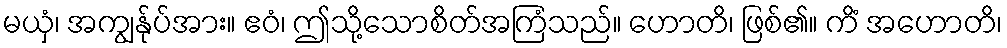
မယှံ၊ အကျွန်ုပ်အား။ ဧဝံ၊ ဤသို့သောစိတ်အကြံသည်။ ဟောတိ၊ ဖြစ်၏။ ကိံ အဟောတိ၊